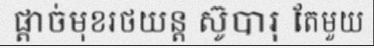
ផ្តាច់មុខរថយន្ត ស៊ូបារុ តែមួយ